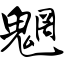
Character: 魍